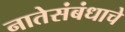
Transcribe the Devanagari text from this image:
नातेसंबंधाचे